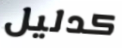
كدليل